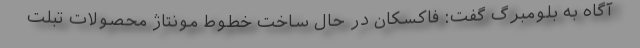
آگاه به بلومبرگ گفت: فاکسکان در حال ساخت خطوط مونتاژ محصولات تبلت